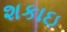
શકાઇ